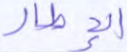
الإطار